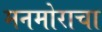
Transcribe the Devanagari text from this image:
मनमोराचा